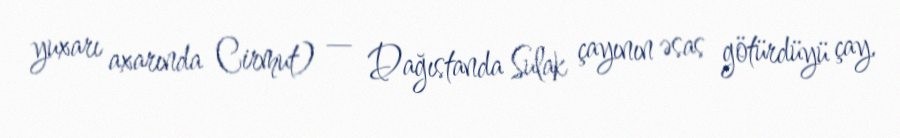
yuxarı axarında Cirmut) — Dağıstanda Sulak çayının əsas götürdüyü çay.